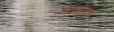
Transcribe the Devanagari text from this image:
बाघापुराना